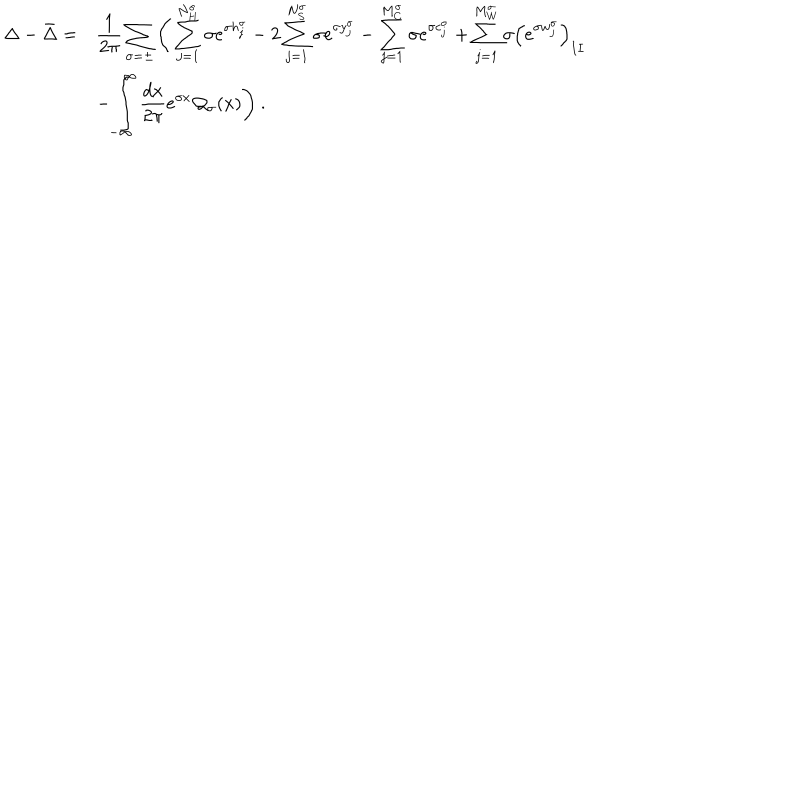
\begin{array} { r l } { { \displaystyle \Delta - \bar { \Delta } = } } & { { \displaystyle \frac { 1 } { 2 \pi } \displaystyle \sum _ { \sigma = \pm } \Bigg ( \displaystyle \sum _ { j = 1 } ^ { N _ { H } ^ { \sigma } } \sigma e ^ { \sigma h _ { j } ^ { \sigma } } - 2 \displaystyle \sum _ { j = 1 } ^ { N _ { S } ^ { \sigma } } \sigma e ^ { \sigma y _ { j } ^ { \sigma } } - \displaystyle \sum _ { j = 1 } ^ { M _ { C } ^ { \sigma } } \sigma e ^ { \sigma c _ { j } ^ { \sigma } } + \displaystyle \sum _ { j = 1 } ^ { M _ { W } ^ { \sigma } } \sigma \left( e ^ { \sigma w _ { j } ^ { \sigma } } \right) _ { I I } } } \\ { { } } & { { - \displaystyle \int _ { - \infty } ^ { \infty } \displaystyle \frac { d x } { 2 \pi } e ^ { \sigma x } { \cal Q } _ { \sigma } ( x ) \Bigg ) \: . } } \\ \end{array}